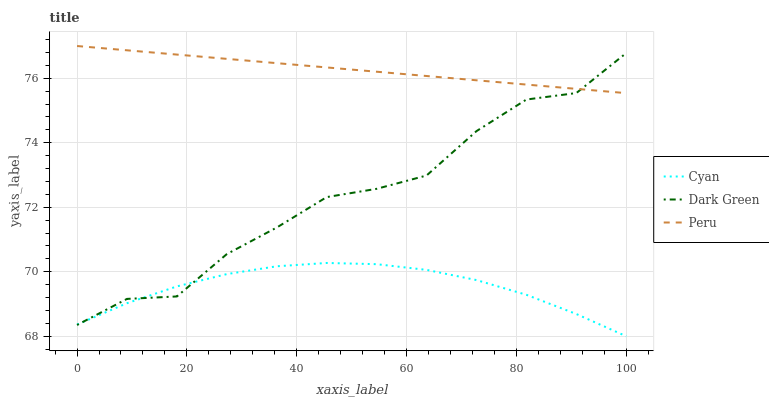
| xaxis_label | Cyan | Dark Green | Peru |
 | --- | --- | --- | --- |
 | 0 | 68.4 | 68.3 | 77 |
 | 9.09 | 69 | 69.2 | 76.9 |
 | 18.2 | 69.5 | 69.2 | 76.7 |
 | 27.3 | 69.9 | 70.5 | 76.6 |
 | 36.4 | 70.2 | 71.4 | 76.5 |
 | 45.5 | 70.3 | 72.3 | 76.3 |
 | 54.5 | 70.2 | 72.6 | 76.2 |
 | 63.6 | 70.1 | 73 | 76.1 |
 | 72.7 | 69.7 | 74.4 | 75.9 |
 | 81.8 | 69.3 | 75.3 | 75.8 |
 | 90.9 | 68.7 | 75.5 | 75.7 |
 | 100 | 68 | 76.8 | 75.5 |